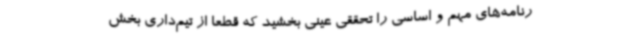
رنامه‌های مهم و اساسی را تحققی عینی بخشید که قطعا از تیم‌داری بخش